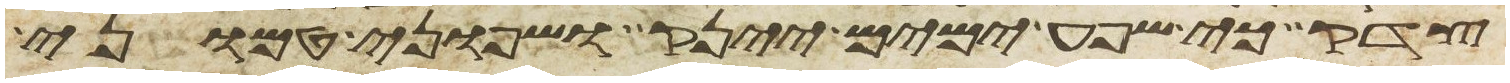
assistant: צדק כי שפע ימים יינק ושפוני טמוני